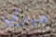
هيربي